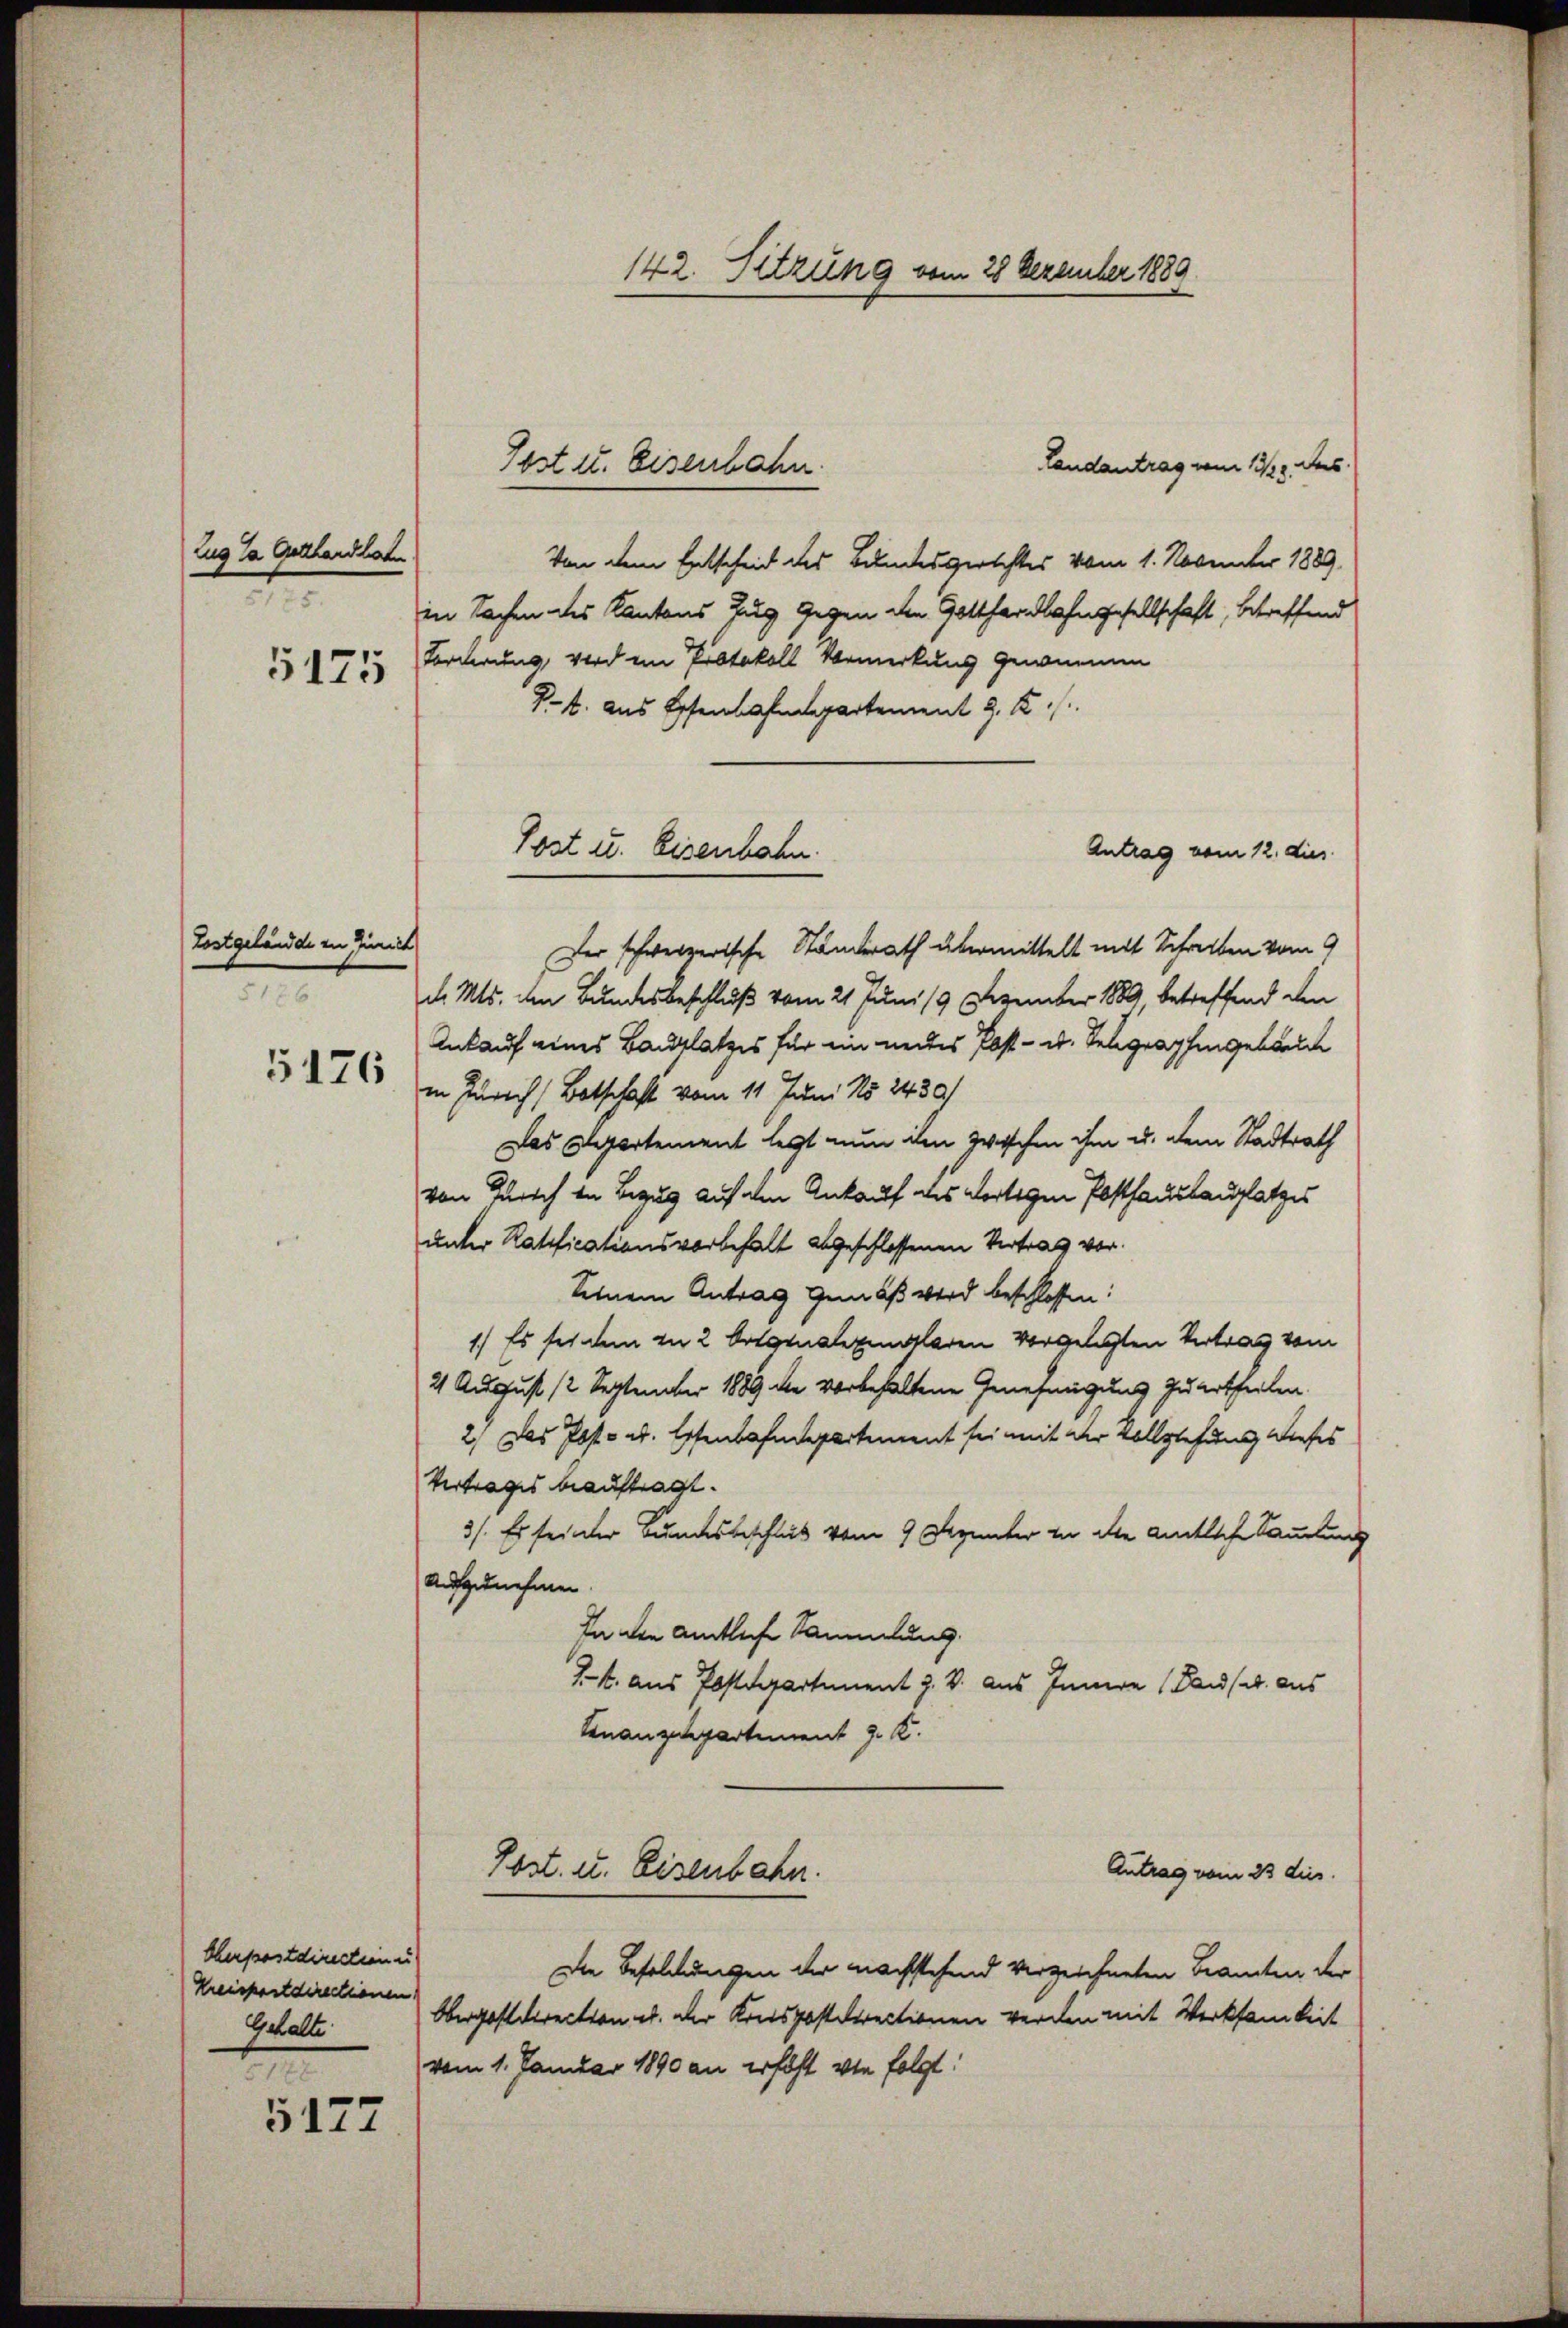
Zug da Gerhandlu
A
5175

Tostgelände in Zimiel
5176

Cherpostdirection u
Kreispostdirectionen
Gehalte
t

5127

142. Sitzung vom 28 Dezember 1889

Landantrag vom 13. Jus
Von dem Entscheid des Bundesgerichtes vom 1. November 1889
in Sachen des Kantons Zug gegen den Gotthardbahngesellschaft, betreffend
Forderung, wird ein Protokoll Vormerkung gewinnen
K.k. aus Essenbahndepartement J. K.
Antrag vom 12. dies
Der schweizerische Standerath übermittelt mit Schreiben vom 9
6 d. Mts. den Bundesbeschluß vom 21. Juni 19 Dezember 1889 betreffend den
Ankauf eines Bauplatzes für ein neues Post- u. Telegraphengebäude
in Zürich / Botschaft vom 11. Juni No 2430/
Das Departement legt nun im zwischen ihm u. dem Stadtrath
von Zürich in Bezug auf den Ankauf des dortigen Posthauslauplatzes
unter Ratificationsvorbehalt abgeschlossenen Vertrag vor.
Seinem Antrag gemäß wird beschlossen:
1) Es sei dem in 2 Folgenderen laden vorgelegten Vertrag vom
21 August 12 September 1889 de vorbehaltene Genehmigung zu ertheilen.
2) Das Post- u. Essenbahndepartement sei mit der Vollziehung dieses
Vertrages beauftragt.
3/. Es seiner Bundesbeschluß vom 9 Dzunter in die amtliche Sammlung
aufzunehmen.
In den amtliche Sammlung.
1-4. aus Postdepartement J. V. aus Innern (Dans aus
Knanzespartement J. K.
Post. u. Eisenbahn.
Antrag vom 23 dies
Die Besoldungen der nachstehend verzeichneten Beamten der
Obergostdirection u. der Kreispostdirectionen werden mit Werksamkeit
vom 1. Januar 1890 an erhöht wie folgt:

Jost II. Eisenbahn.

Post u. Eisenbahn.